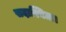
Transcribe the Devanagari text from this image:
सदास्थिता।